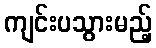
ကျင်းပသွားမည့်